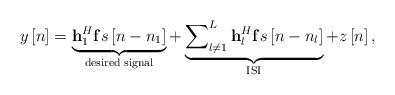
LaTeX: \begin{align*} \begin{aligned} y\left[ n \right] = \underbrace {{\bf{h}}_1^H{\bf{f}}s\left[ {n - {n_1}} \right]}_{{\rm{desired}}\;{\rm{signal}}} + \underbrace {\sum\nolimits_{l \ne 1}^L {{\bf{h}}_l^H{\bf{f}}s\left[ {n - {n_l}} \right]} }_{{\rm{ISI}}} + z\left[ n \right], \end{aligned} \end{align*}